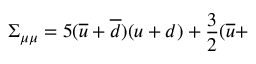
\Sigma _ { \mu \mu } = 5 ( \overline { { { u } } } + \overline { { { d } } } ) ( u + d ) + \frac 3 2 ( \overline { { { u } } } +